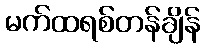
မက်ထရစ်တန်ချိန်